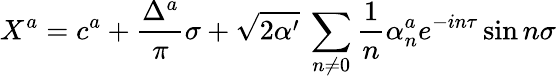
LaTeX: X^{a}=c^{a}+\frac{\Delta^{a}}{\pi}\sigma+\sqrt{2\alpha^{\prime}}\: \sum_{n\neq 0}\frac{1}{n}\alpha_{n}^{a}e^{-in\tau}\sin n\sigma